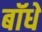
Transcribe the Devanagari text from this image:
बॉधे